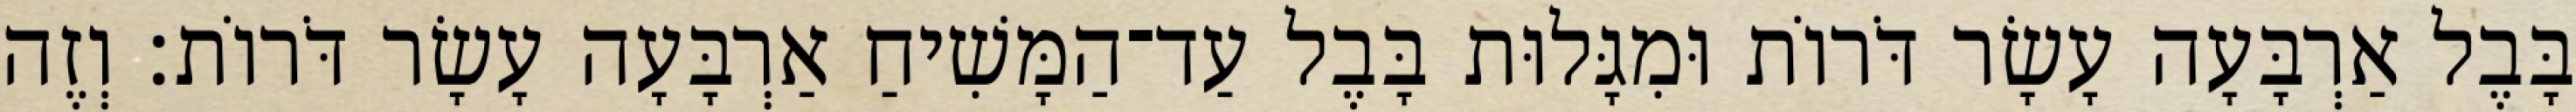
בָּבֶל אַרְבָּעָה עָשָׂר דֹּרוֹת וּמִגָּלוּת בָּבֶל עַד־הַמָּשִׁיחַ אַרְבָּעָה עָשָׂר דֹּרוֹת׃ וְזֶה